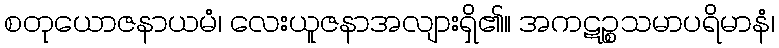
စတုယောဇနာယမံ၊ လေးယူဇနာအလျားရှိ၏။ အကဋဉ္စသမာပရိမာနံ၊